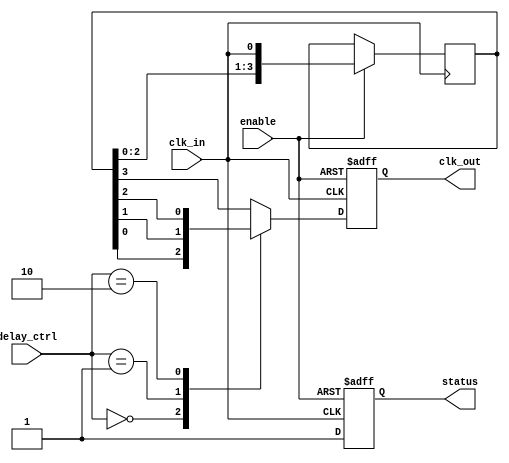
module DelayClockBuffer (
    input wire clk_in,           // Primary clock input
    input wire [3:0] delay_ctrl, // Control signal to adjust the delay
    input wire enable,           // Enable signal
    output reg clk_out,          // Delayed clock output
    output reg status            // Status output
);

    // Parameters for delay (in clock cycles)
    localparam DELAY_MAX = 4; // Maximum delay setting for this example

    // Internal signal for delay logic
    reg [DELAY_MAX-1:0] delay_line;

    // Always block for delay line and status logic
    always @(posedge clk_in or negedge enable) begin
        if (~enable) begin
            // Hold clk_out low if disabled
            clk_out <= 1'b0;
            status <= 1'b0; // Buffer is disabled
        end else begin
            // Update the delay line based on delay control
            delay_line <= {delay_line[DELAY_MAX-2:0], clk_in}; // Shift in the incoming clock

            // Assign clk_out based on delay control
            case (delay_ctrl)
                4'b0000: clk_out <= delay_line[0]; // No delay
                4'b0001: clk_out <= delay_line[1]; // 1 clock cycle delay
                4'b0010: clk_out <= delay_line[2]; // 2 clock cycles delay
                4'b0011: clk_out <= delay_line[3]; // 3 clock cycles delay
                default: clk_out <= delay_line[3]; // Maximum delay for invalid settings
            endcase
            
            status <= 1'b1; // Buffer is enabled
        end
    end

endmodule